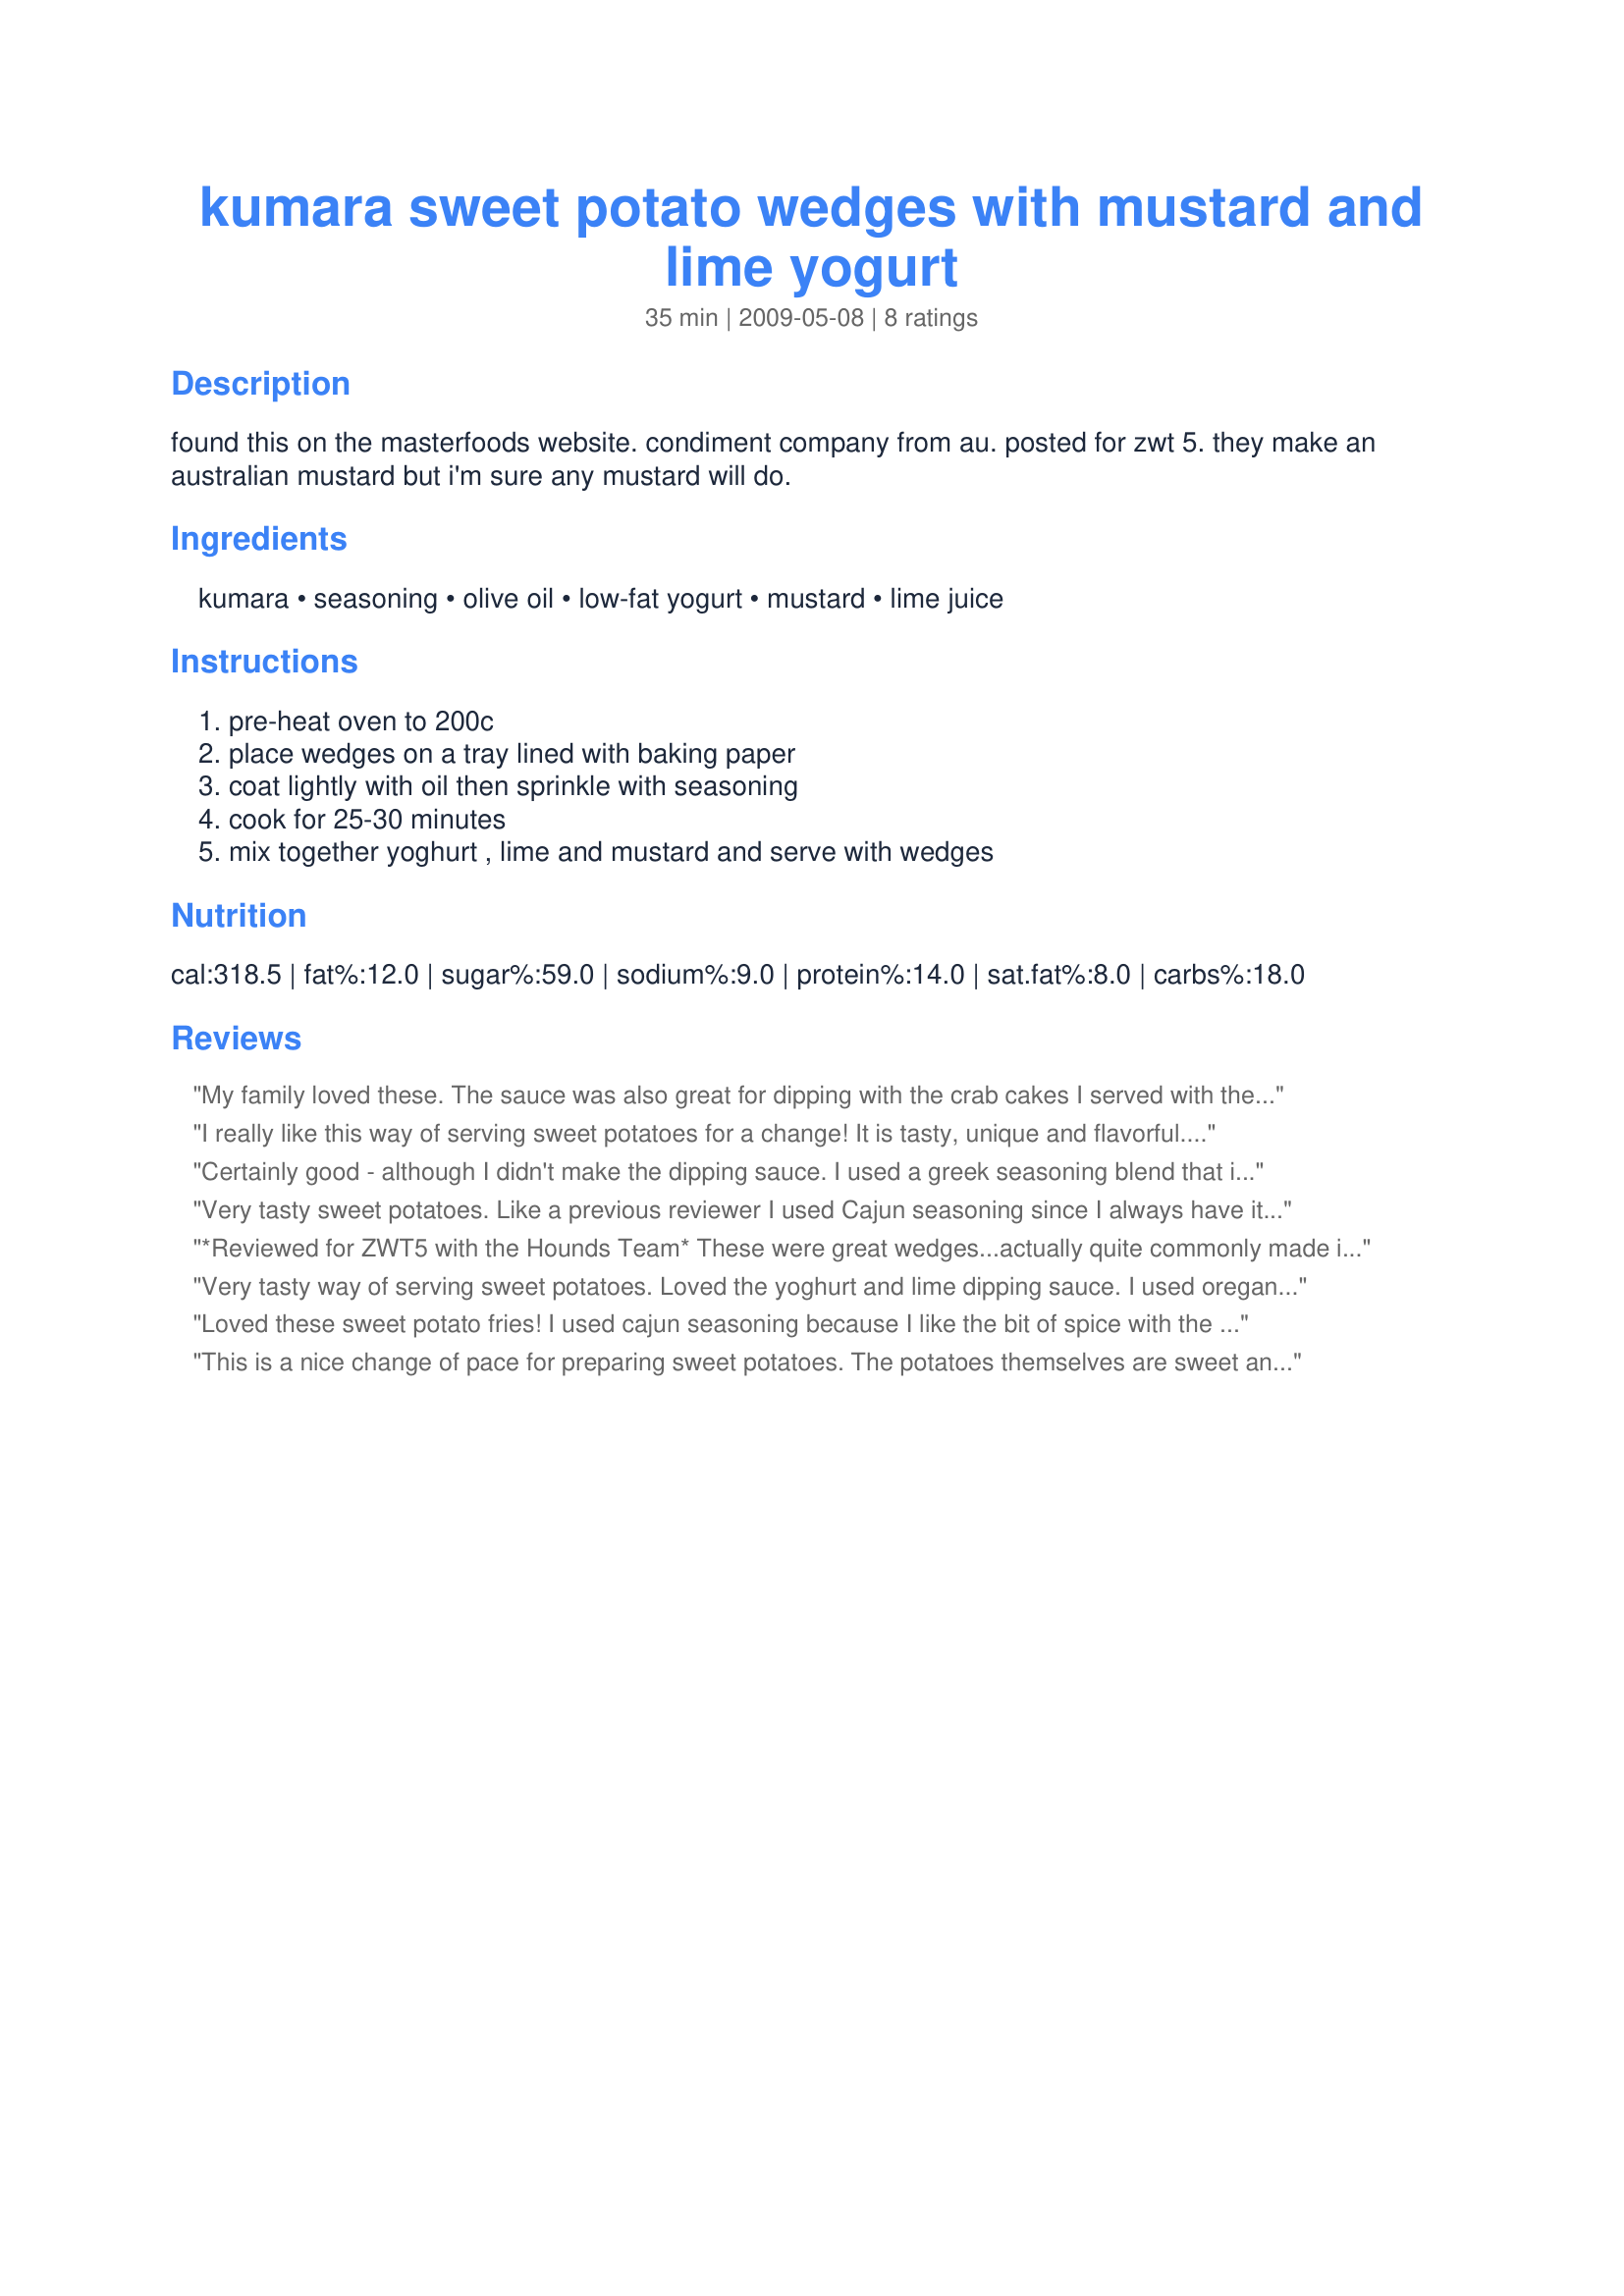
kumara sweet potato wedges with mustard and lime yogurt
Preparation time: 35 minutes

found this on the masterfoods website. condiment company from au. posted for zwt 5. they make an australian mustard but i'm sure any mustard will do.

Ingredients:
kumara, seasoning, olive oil, low-fat yogurt, mustard, lime juice

Steps:
pre-heat oven to 200c, place wedges on a tray lined with baking paper, coat lightly with oil then sprinkle with seasoning, cook for 25-30 minutes, mix together yoghurt , lime and mustard and serve with wedges

Reviews:
My family loved these. The sauce was also great for dipping with the crab cakes I served with these. I'm sure I will be making these again!
I really like this way of serving sweet potatoes for a change! It is tasty, unique and flavorful. We ate them all up in no time. They would make a delicious snack mid afternoon! Thanks for posting! Made for Ramadan Tag 2010
Certainly good - although I didn't make the dipping sauce. I used a greek seasoning blend that included oregano, garlic and lemon-pepper (the predominating flavours). Served with a baked fish dish.
Very tasty sweet potatoes. Like a previous reviewer I used Cajun seasoning since I always have it on hand, and I used a grainy Dijon mustard. I loved the combination of flavours. Thank you for posting. Made for Ramadan Tag.
*Reviewed for ZWT5 with the Hounds Team* These were great wedges...actually quite commonly made in my home. I used "Outback Spirit" brand Lemon Myrtle with coconut and chilli flakes seasoning to add some Indigenous Aussie flavours. The dipping sauce with these was super easy to make and yummy. I used "Masterfoods" Australian Mustard in the sauce. My whole family enjoyed this recipe. TI sprinkled some of the seasoning mix on top of the sauce too. Photo also to be posted
Very tasty way of serving sweet potatoes. Loved the yoghurt and lime dipping sauce. I used oregano, rosemary, sage and thyme, one of which included salt, and I added some freshly ground black pepper. I'm not at all sure what Australian mustard is, and I live here! Don't think I've ever seen - or at least noticed - mustard that declared itself as Australian! I used Dijon mustard and just 1 teaspoon (personal taste preference), and my favourite creamy Greek yoghurt. We were eating this with Sue L's Recipe #99773 so mopping up the extra sauce made the rice even more delicious. Thanks for sharing this yummy recipe. Made for ZWT 5.
Loved these sweet potato fries! I used cajun seasoning because I like the bit of spice with the sweet potato. I wasn't sure how the mustard/lime/yogurt sauce would be but I really liked it; I used spicy brown mustard and the sauce was great with the fries. Thanks for sharing your recipe!
This is a nice change of pace for preparing sweet potatoes. The potatoes themselves are sweet and the dipping sauce is quite tart. This recipe makes far more sauce than you will need, so either make less or try to think of something else it will go well with. Maybe fruit. Be careful not to use too much oil on the potatoes or they will burn in the oven. I turned them halfway through cooking. I used horseradish mustard because I thought it was as near as I could get to Australian mustard according to my research. Made for ZWT5. Thanks for posting, g'day mate!
